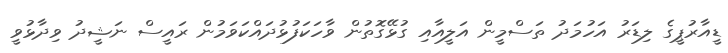
ޑީއާރުޕީގެ ލިޑަރު އަހުމަދު ތަސްމީން އަލީއާއި ގުޅޭގޮތުން ވާހަކަފުޅުދައްކަވަމުން ރައީސް ނަޝީދު ވިދާޅުވީ